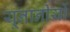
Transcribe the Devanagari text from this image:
यूनानीयों